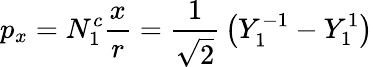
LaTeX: p_{x}=N_{1}^{c}{\frac{x}{r}}={\frac{1}{\sqrt{2}}}\left(Y_{1}^{-1}-Y_{1}^{1}\right)